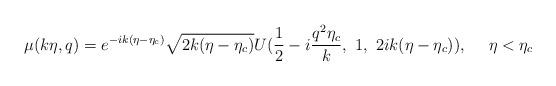
LaTeX: \begin{align*}\mu(k\eta,q)= e^{-ik(\eta-\eta_c)} \sqrt{2k(\eta-\eta_c)}U(\frac{1}{2}-i\frac{q^2\eta_c}{k},~1,~2ik(\eta-\eta_c)),~~~~\eta<\eta_c\end{align*}